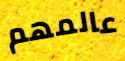
عالمهم